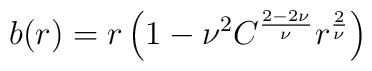
b(r) = r\left ( 1 - {\nu}^{2}C^{\frac{2- 2\nu}{\nu}}r^{\frac{2}{\nu}}\right )